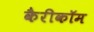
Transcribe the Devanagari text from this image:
कैरीकॉम